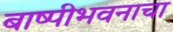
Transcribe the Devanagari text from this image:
बाष्पीभवनाचा